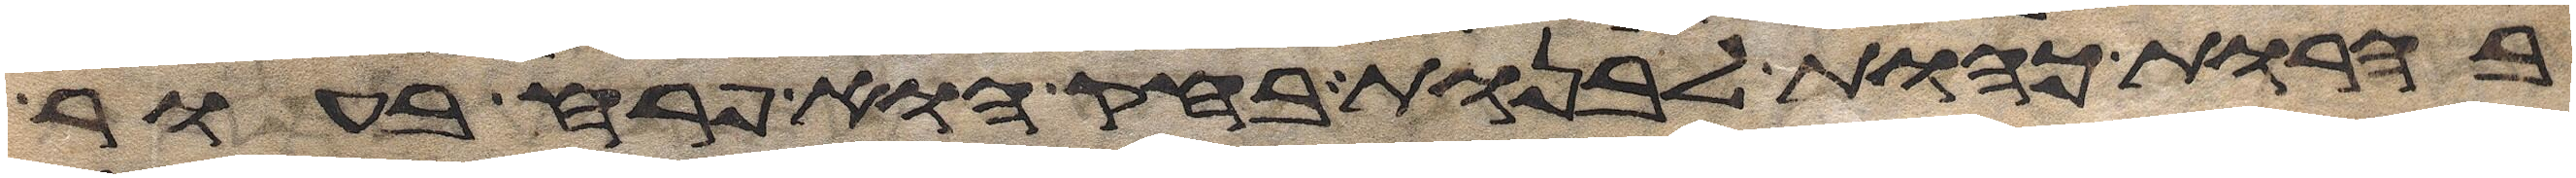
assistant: בהרות כהות לבנות בחק הוא פרח בעור